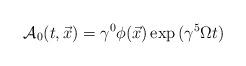
LaTeX: \begin{align*}{\cal A}_0 (t, \vec x) = \gamma^0 \phi (\vec x) \exp{(\gamma^5 \Omega t)}\end{align*}